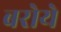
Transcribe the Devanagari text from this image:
बरोये